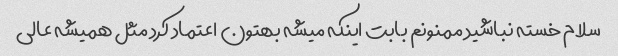
سلام خسته نباشید ممنونم بابت اینکه میشه بهتون اعتماد کرد مثل همیشه عالی